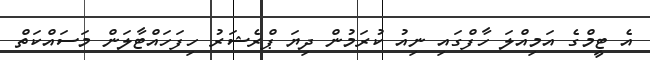
އެ ޓީމްގެ އަމިއްލަ ހާފްގައި ނިއު ކުރަމުން ދިޔަ ޕްރެޝަރު ހިފަހައްޓާލަން މަސައްކަތް